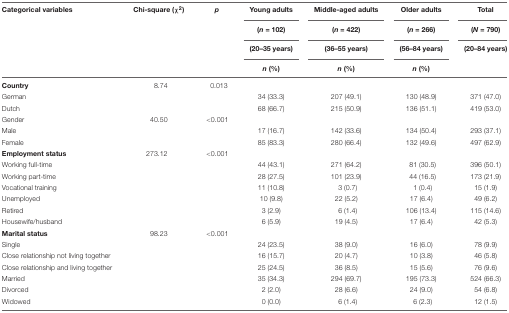
<table><thead><tr><td><b>Categorical variables</b></td><td><b>Chi-square (χ<sup>2</sup>)</b></td><td><b><i>p</i></b></td><td><b>Young adults</b></td><td><b>Middle-aged adults</b></td><td><b>Older adults</b></td><td><b>Total</b></td></tr><tr><td></td><td></td><td></td><td><b>(<i>n</i> = 102)</b></td><td><b>(<i>n</i> = 422)</b></td><td><b>(<i>n</i> = 266)</b></td><td><b>(<i>N</i> = 790)</b></td></tr><tr><td></td><td></td><td></td><td><b>(20–35 years)</b></td><td><b>(36–55 years)</b></td><td><b>(56–84 years)</b></td><td><b>(20–84 years)</b></td></tr><tr><td></td><td></td><td></td><td><b><i>n</i> (%)</b></td><td><b><i>n</i> (%)</b></td><td><b><i>n</i> (%)</b></td><td></td></tr></thead><tbody><tr><td><b>Country</b></td><td>8.74</td><td>0.013</td><td></td><td></td><td></td><td></td></tr><tr><td>German</td><td></td><td></td><td>34 (33.3)</td><td>207 (49.1)</td><td>130 (48.9)</td><td>371 (47.0)</td></tr><tr><td>Dutch</td><td></td><td></td><td>68 (66.7)</td><td>215 (50.9)</td><td>136 (51.1)</td><td>419 (53.0)</td></tr><tr><td>Gender</td><td>40.50</td><td>&lt;0.001</td><td></td><td></td><td></td><td></td></tr><tr><td>Male</td><td></td><td></td><td>17 (16.7)</td><td>142 (33.6)</td><td>134 (50.4)</td><td>293 (37.1)</td></tr><tr><td>Female</td><td></td><td></td><td>85 (83.3)</td><td>280 (66.4)</td><td>132 (49.6)</td><td>497 (62.9)</td></tr><tr><td><b>Employment status</b></td><td>273.12</td><td>&lt;0.001</td><td></td><td></td><td></td><td></td></tr><tr><td>Working full-time</td><td></td><td></td><td>44 (43.1)</td><td>271 (64.2)</td><td>81 (30.5)</td><td>396 (50.1)</td></tr><tr><td>Working part-time</td><td></td><td></td><td>28 (27.5)</td><td>101 (23.9)</td><td>44 (16.5)</td><td>173 (21.9)</td></tr><tr><td>Vocational training</td><td></td><td></td><td>11 (10.8)</td><td>3 (0.7)</td><td>1 (0.4)</td><td>15 (1.9)</td></tr><tr><td>Unemployed</td><td></td><td></td><td>10 (9.8)</td><td>22 (5.2)</td><td>17 (6.4)</td><td>49 (6.2)</td></tr><tr><td>Retired</td><td></td><td></td><td>3 (2.9)</td><td>6 (1.4)</td><td>106 (13.4)</td><td>115 (14.6)</td></tr><tr><td>Housewife/husband</td><td></td><td></td><td>6 (5.9)</td><td>19 (4.5)</td><td>17 (6.4)</td><td>42 (5.3)</td></tr><tr><td><b>Marital status</b></td><td>98.23</td><td>&lt;0.001</td><td></td><td></td><td></td><td></td></tr><tr><td>Single</td><td></td><td></td><td>24 (23.5)</td><td>38 (9.0)</td><td>16 (6.0)</td><td>78 (9.9)</td></tr><tr><td>Close relationship not living together</td><td></td><td></td><td>16 (15.7)</td><td>20 (4.7)</td><td>10 (3.8)</td><td>46 (5.8)</td></tr><tr><td>Close relationship and living together</td><td></td><td></td><td>25 (24.5)</td><td>36 (8.5)</td><td>15 (5.6)</td><td>76 (9.6)</td></tr><tr><td>Married</td><td></td><td></td><td>35 (34.3)</td><td>294 (69.7)</td><td>195 (73.3)</td><td>524 (66.3)</td></tr><tr><td>Divorced</td><td></td><td></td><td>2 (2.0)</td><td>28 (6.6)</td><td>24 (9.0)</td><td>54 (6.8)</td></tr><tr><td>Widowed</td><td></td><td></td><td>0 (0.0)</td><td>6 (1.4)</td><td>6 (2.3)</td><td>12 (1.5)</td></tr></tbody></table>